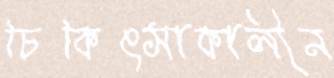
চিকিৎসাকালীন